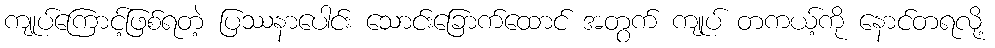
ကျုပ်ကြောင့်ဖြစ်ရတဲ့ ပြဿနာပေါင်း သောင်းခြောက်ထောင် အတွက် ကျုပ် တကယ့်ကို နောင်တရလို့